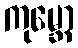
ကုမ္ဘော